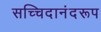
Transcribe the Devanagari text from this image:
सच्चिदानंदरूप